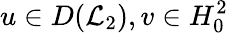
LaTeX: u\in D(\mathcal{L}_{2}),v\in H_{0}^{2}